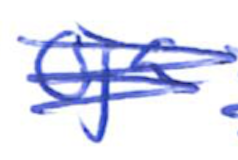
Text: Oja
Cross-out: scratch
Writing tool: ballpoint